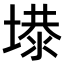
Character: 𡏏